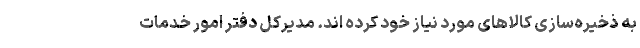
به ذخیره‌سازی کالاهای مورد نیاز خود کرده اند. مدیرکل دفتر امور خدمات